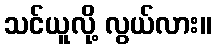
သင်ယူလို့ လွယ်လား။